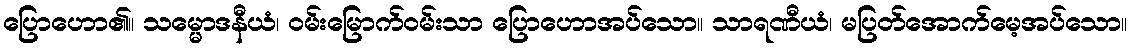
ပြောဟော၏။ သမ္မောဒနီယံ၊ ဝမ်းမြောက်ဝမ်းသာ ပြောဟောအပ်သော။ သာရဏီယံ၊ မပြတ်အောက်မေ့အပ်သော။